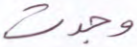
وجدت